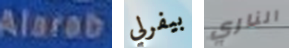
Alarab بيفرلي الناري